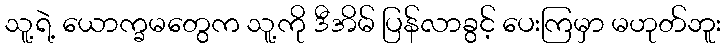
သူ့ရဲ့ ယောက္ခမတွေက သူ့ကို ဒီအိမ် ပြန်လာခွင့် ပေးကြမှာ မဟုတ်ဘူး